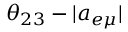
\theta _ { 2 3 } - | a _ { e \mu } |